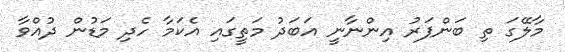
މާލޭގަ ތި ބަންޕަރު އިންނާނީ އަބަދު މަތީގައި އެކަމާ ހެދި މަޑުން ދުއްވާ